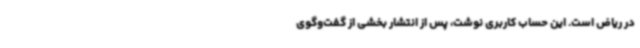
در ریاض است. این حساب کاربری نوشت، پس از انتشار بخشی از گفت‌وگوی